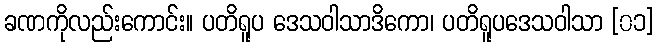
ခဏကိုလည်းကောင်း။ ပတိရူပ ဒေသဝါသာဒိကော၊ ပတိရူပဒေသဝါသာ [၀၁]